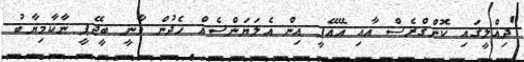
"ދިއްލީގައި ކޮންގްރެސް އާއި އޭއޭޕީ އިން އެލަޔަންސެއް ހެދުން ވާނީ ބީޖޭޕީ ނާކާމިޔާބު